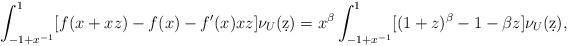
LaTeX: \begin{align*}\int_{-1+x^{-1}}^1 [ f(x + x z) - f(x) - f'(x) x z] \nu_U (\d z)= x^\beta \int_{-1+x^{-1}}^1 [ (1 + z)^\beta - 1 - \beta z] \nu_U (\d z),\end{align*}